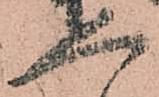
人